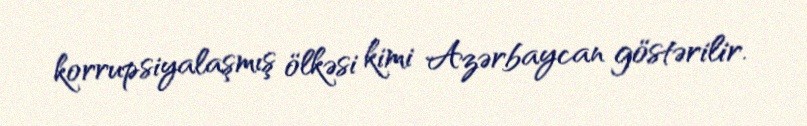
korrupsiyalaşmış ölkəsi kimi Azərbaycan göstərilir.